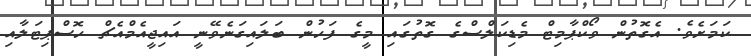
ކަމަށެވެ. އެގޮތުން ވޯކްޕާމިޓް މެޑިކަލްސްގެ ގޮތުގައި މީގެ ފަހުން ބަލައިގަނެވޭނީ އައިޖީއެމްއެޗް ހޮސްޕިޓަލާއި